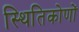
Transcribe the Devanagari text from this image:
स्थितिकोणों